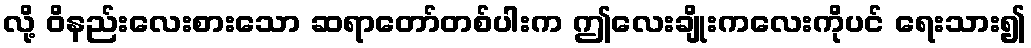
လို့ ဝိနည်းလေးစားသော ဆရာတော်တစ်ပါးက ဤလေးချိုးကလေးကိုပင် ရေးသား၍